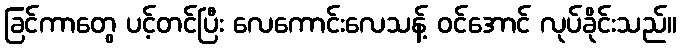
ခြင်ကာတွေ ပင့်တင်ပြီး လေကောင်းလေသန့် ဝင်အောင် လုပ်ခိုင်းသည်။